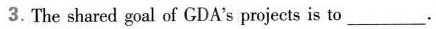
3. The shared goal of GDA's projects is to___.